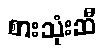
စားသုံးဆီ